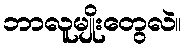
ဘာလူမျိုးတွေလဲ။